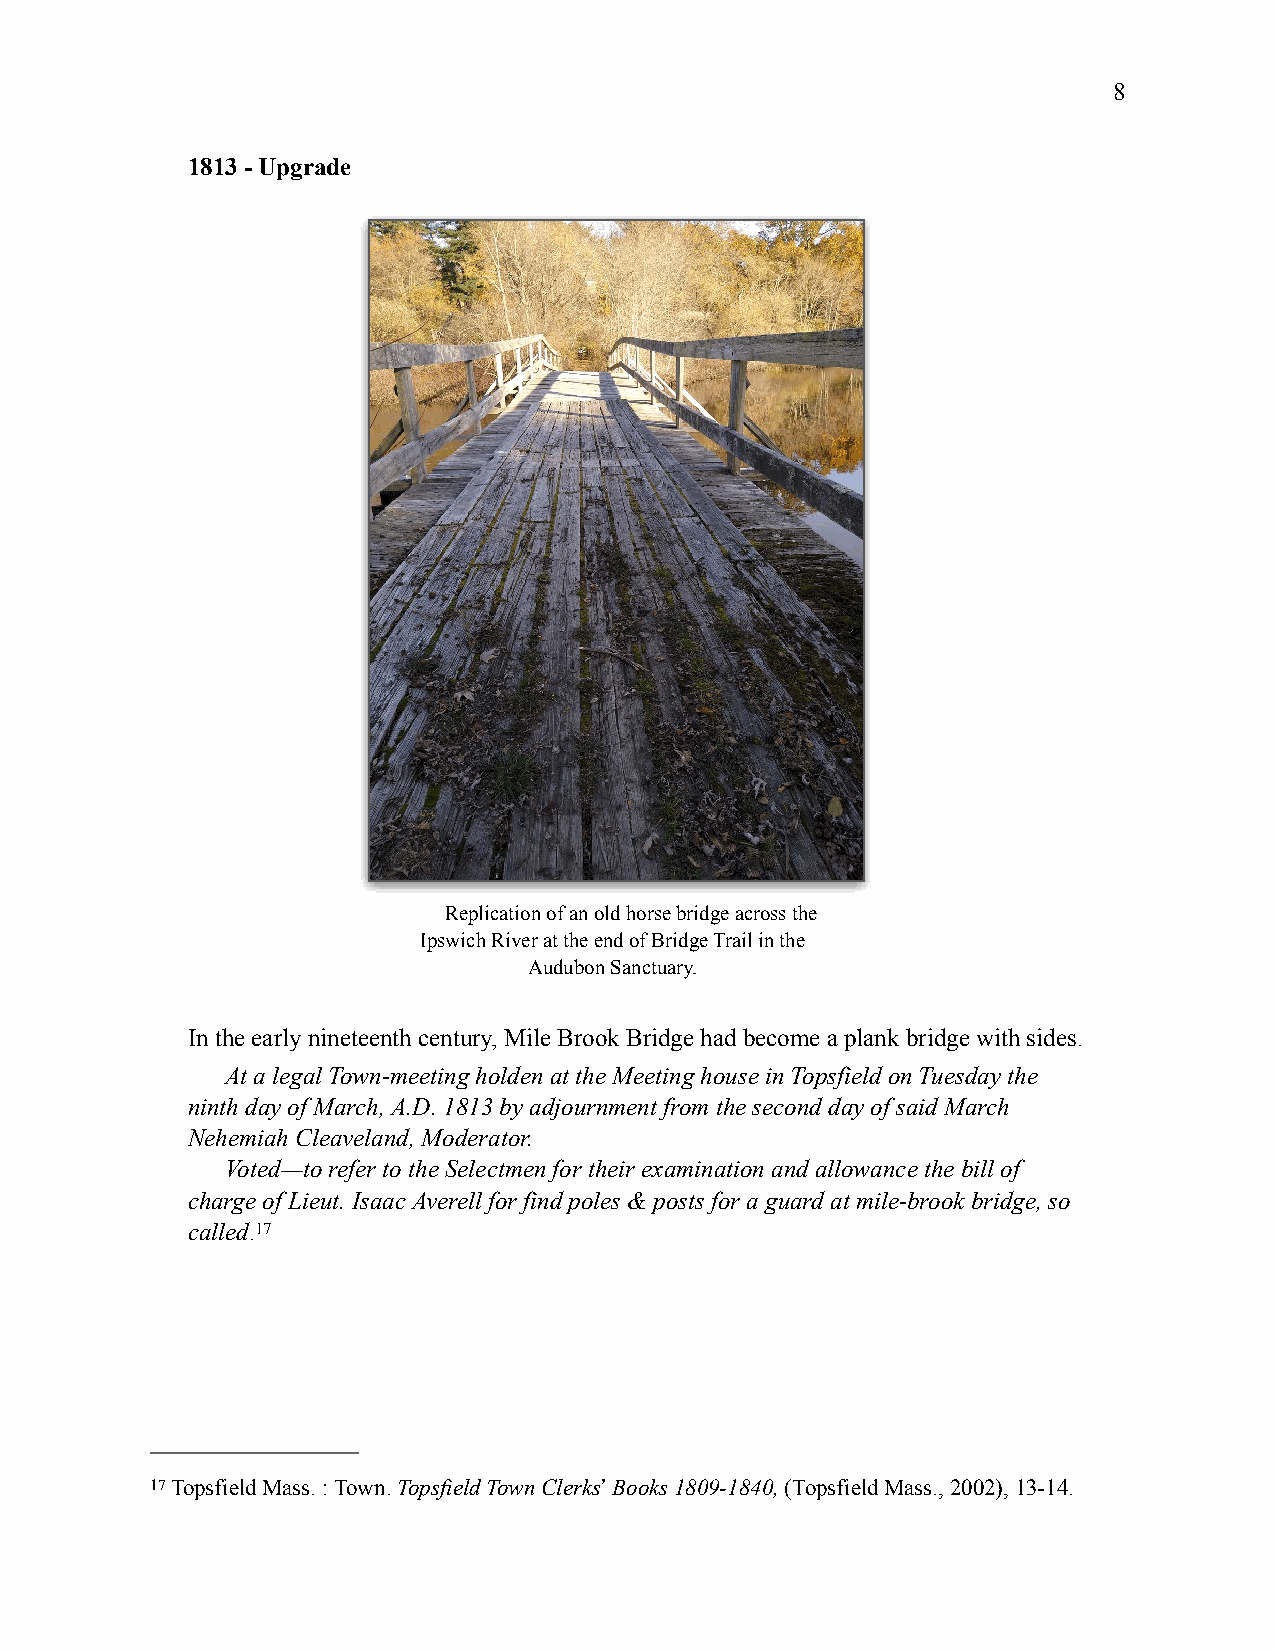
8
 1813 - Upgrade
 Replication of an old horse bridge across the
 Ipswich River at the end of Bridge Trail in the
 Audubon Sanctuary.
 In the early nineteenth century, Mile Brook Bridge had become a plank bridge with sides.
 At a legal Town-meeting holden at the Meeting house in Topsfield on Tuesday the
 ninth day of March, A.D. 1813 by adjournment from the second day of said March
 Nehemiah Cleaveland, Moderator.
 Voted—to refer to the Selectmen for their examination and allowance the bill of
 charge of Lieut. Isaac Averell for find poles & posts for a guard at mile-brook bridge, so
 called.17
 17 Topsfield Mass. : Town. Topsfield Town Clerks!#Books 1809-1840, (Topsfield Mass., 2002), 13-14.